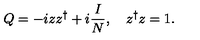
Q = - i z z ^ { \dagger } + i \frac { I } { N } , \quad z ^ { \dagger } z = 1 .